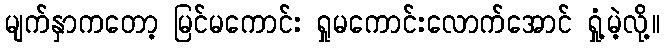
မျက်နှာကတော့ မြင်မကောင်း ရှုမကောင်းလောက်အောင် ရှုံ့မဲ့လို့။